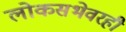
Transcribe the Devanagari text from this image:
लोकसभेवरही